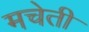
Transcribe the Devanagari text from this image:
मचेती